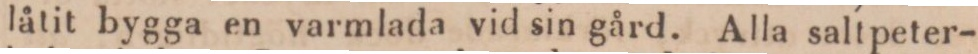
låtit bygga en varmlada vid sin gård. Alla saltpeter-